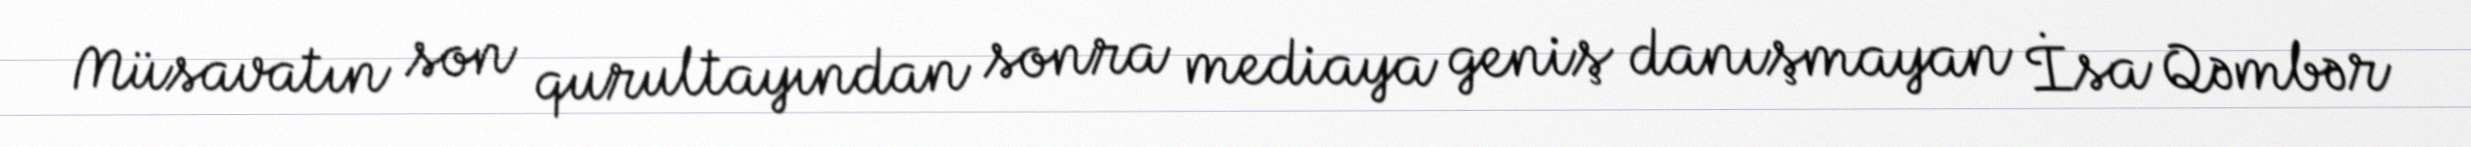
Müsavatın son qurultayından sonra mediaya geniş danışmayan İsa Qəmbər